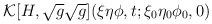
\begin{align*}{\cal K} [H,\sqrt{g}\sqrt{g}] (\xi \eta\phi,t;\xi _0\eta_0\phi_0,0) \hspace{3.0 in} \end{align*}